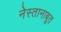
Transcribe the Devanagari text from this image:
नेस्तानाबूत